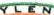
YLEN